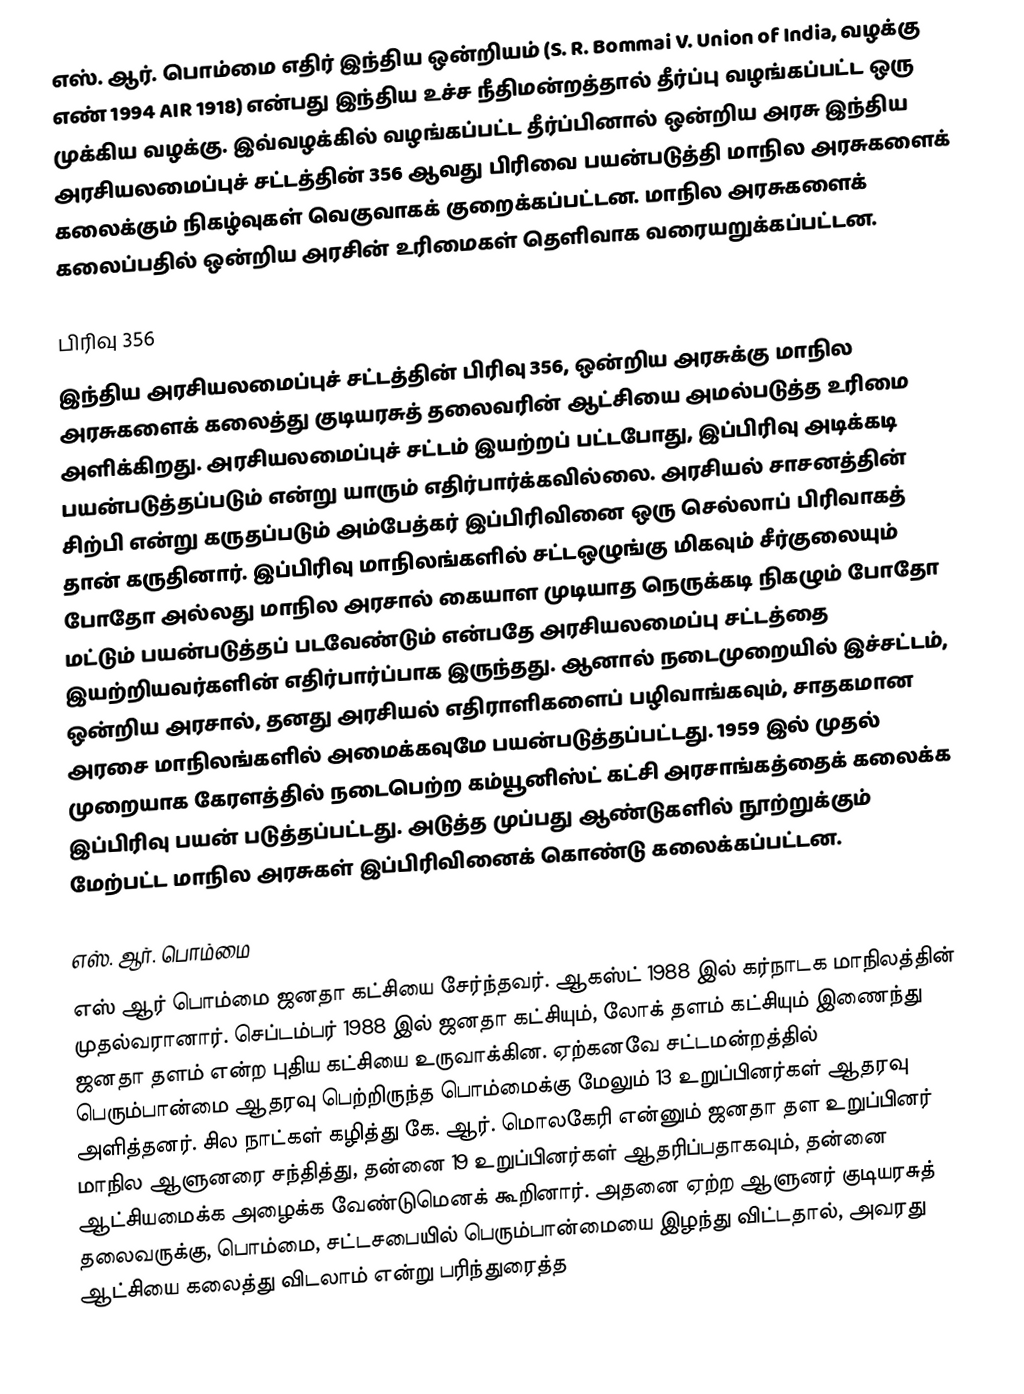
எஸ். ஆர். பொம்மை எதிர் இந்திய ஒன்றியம் (S. R. Bommai V. Union of India, வழக்கு எண் 1994 AIR 1918) என்பது இந்திய உச்ச நீதிமன்றத்தால் தீர்ப்பு வழங்கப்பட்ட ஒரு முக்கிய வழக்கு. இவ்வழக்கில் வழங்கப்பட்ட தீர்ப்பினால் ஒன்றிய அரசு இந்திய அரசியலமைப்புச் சட்டத்தின் 356 ஆவது பிரிவை பயன்படுத்தி மாநில அரசுகளைக் கலைக்கும் நிகழ்வுகள் வெகுவாகக் குறைக்கப்பட்டன. மாநில அரசுகளைக் கலைப்பதில் ஒன்றிய அரசின் உரிமைகள் தெளிவாக வரையறுக்கப்பட்டன.

பிரிவு 356
இந்திய அரசியலமைப்புச் சட்டத்தின் பிரிவு 356, ஒன்றிய அரசுக்கு மாநில அரசுகளைக் கலைத்து குடியரசுத் தலைவரின் ஆட்சியை அமல்படுத்த உரிமை அளிக்கிறது. அரசியலமைப்புச் சட்டம் இயற்றப் பட்டபோது, இப்பிரிவு அடிக்கடி பயன்படுத்தப்படும் என்று யாரும் எதிர்பார்க்கவில்லை. அரசியல் சாசனத்தின் சிற்பி என்று கருதப்படும் அம்பேத்கர் இப்பிரிவினை ஒரு செல்லாப் பிரிவாகத் தான் கருதினார். இப்பிரிவு மாநிலங்களில் சட்டஒழுங்கு மிகவும் சீர்குலையும் போதோ அல்லது மாநில அரசால் கையாள முடியாத நெருக்கடி நிகழும் போதோ மட்டும் பயன்படுத்தப் படவேண்டும் என்பதே அரசியலமைப்பு சட்டத்தை இயற்றியவர்களின் எதிர்பார்ப்பாக இருந்தது. ஆனால் நடைமுறையில் இச்சட்டம், ஒன்றிய அரசால், தனது அரசியல் எதிராளிகளைப் பழிவாங்கவும், சாதகமான அரசை மாநிலங்களில் அமைக்கவுமே பயன்படுத்தப்பட்டது. 1959 இல் முதல் முறையாக கேரளத்தில் நடைபெற்ற கம்யூனிஸ்ட் கட்சி அரசாங்கத்தைக் கலைக்க இப்பிரிவு பயன் படுத்தப்பட்டது. அடுத்த முப்பது ஆண்டுகளில் நூற்றுக்கும் மேற்பட்ட மாநில அரசுகள் இப்பிரிவினைக் கொண்டு கலைக்கப்பட்டன.

எஸ். ஆர். பொம்மை
எஸ் ஆர் பொம்மை ஜனதா கட்சியை சேர்ந்தவர். ஆகஸ்ட் 1988 இல் கர்நாடக மாநிலத்தின் முதல்வரானார். செப்டம்பர் 1988 இல் ஜனதா கட்சியும், லோக் தளம் கட்சியும் இணைந்து ஜனதா தளம் என்ற புதிய கட்சியை உருவாக்கின. ஏற்கனவே சட்டமன்றத்தில் பெரும்பான்மை ஆதரவு பெற்றிருந்த பொம்மைக்கு மேலும் 13 உறுப்பினர்கள் ஆதரவு அளித்தனர். சில நாட்கள் கழித்து கே. ஆர். மொலகேரி என்னும் ஜனதா தள உறுப்பினர் மாநில ஆளுனரை சந்தித்து, தன்னை 19 உறுப்பினர்கள் ஆதரிப்பதாகவும், தன்னை ஆட்சியமைக்க அழைக்க வேண்டுமெனக் கூறினார். அதனை ஏற்ற ஆளுனர் குடியரசுத் தலைவருக்கு, பொம்மை, சட்டசபையில் பெரும்பான்மையை இழந்து விட்டதால், அவரது ஆட்சியை கலைத்து விடலாம் என்று பரிந்துரைத்த